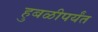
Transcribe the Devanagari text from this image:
हुबळीपर्यंत